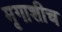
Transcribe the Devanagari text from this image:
मृगाशीच